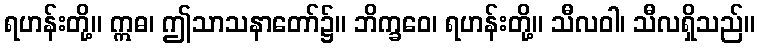
ရဟန်းတို့။ ဣဓ၊ ဤသာသနာတော်၌။ ဘိက္ခဝေ၊ ရဟန်းတို့။ သီလဝါ၊ သီလရှိသည်။